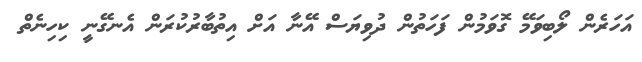
އަހަރެން ލޯބިވަމޭ ގޮވަމުން ފަހަތުން ދުވިޔަސް އޭނާ އަށް އިތުބާރުކުރަން އެނގޭނީ ކިހިނެތް